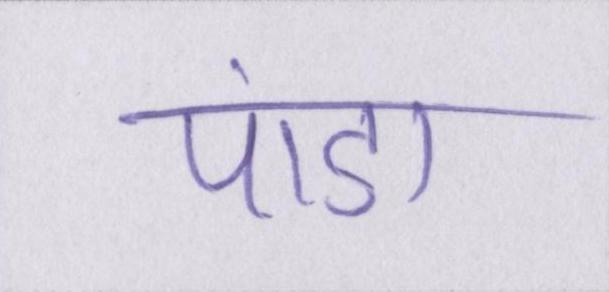
पांडा